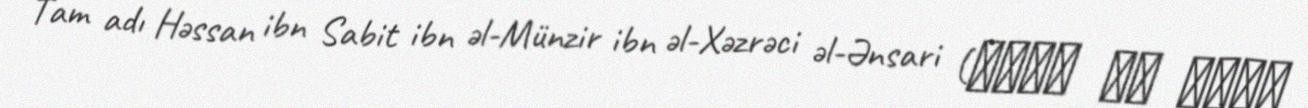
Tam adı Həssan ibn Sabit ibn əl-Münzir ibn əl-Xəzrəci əl-Ənsari (حسان بن ثابت